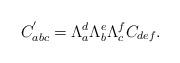
LaTeX: \begin{align*}C_{abc}^{^{\prime }}=\Lambda _a^d\Lambda _b^e\Lambda _c^fC_{def}.\end{align*}